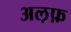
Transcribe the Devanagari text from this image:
अल़फ़